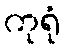
ကုရုံ